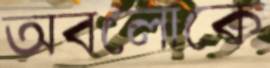
অবলোকে